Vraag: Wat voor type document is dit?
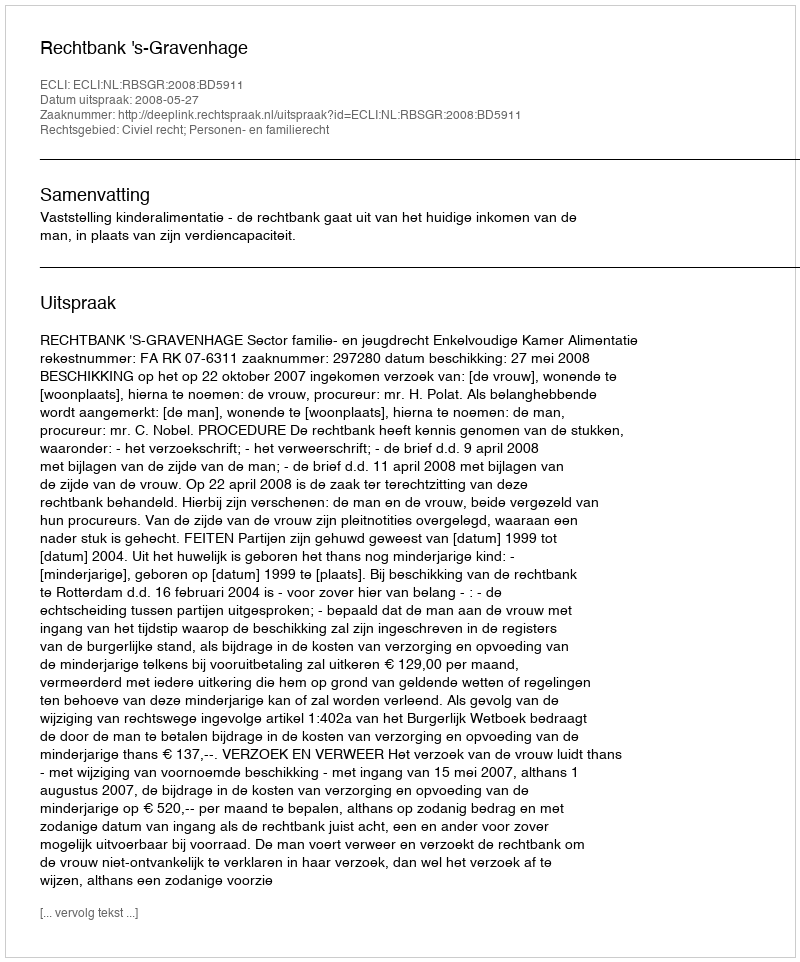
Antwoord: Uitspraak